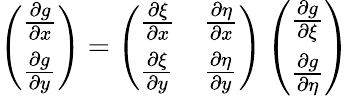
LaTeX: \left(\begin{array}{l}{\frac{\partial g}{\partial x}}\\ {\frac{\partial g}{\partial y}}\end{array}\right)=\left(\begin{array}{ll}{\frac{\partial\xi}{\partial x}}&{\frac{\partial\eta}{\partial x}}\\ {\frac{\partial\xi}{\partial y}}&{\frac{\partial\eta}{\partial y}}\end{array}\right)\left(\begin{array}{l}{{\frac{\partial g}{\partial\xi}}}\\ {\frac{\partial g}{\partial\eta}}\end{array}\right)